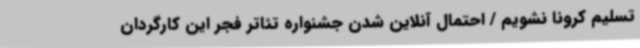
تسلیم کرونا نشویم / احتمال آنلاین شدن جشنواره تئاتر فجر این کارگردان